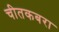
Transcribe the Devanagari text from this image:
चीतकबरा